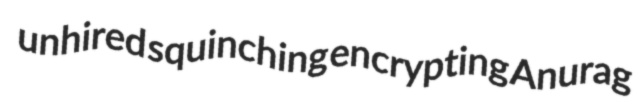
unhired squinching encrypting Anurag